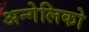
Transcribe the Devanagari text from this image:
अन्गेलिको